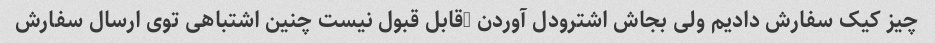
چیز کیک سفارش دادیم ولی بجاش اشترودل آوردن …قابل قبول نیست چنین اشتباهی توی ارسال سفارش